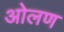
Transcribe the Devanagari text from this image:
ओलण